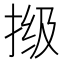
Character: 𫼾